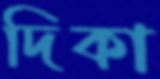
দিকা